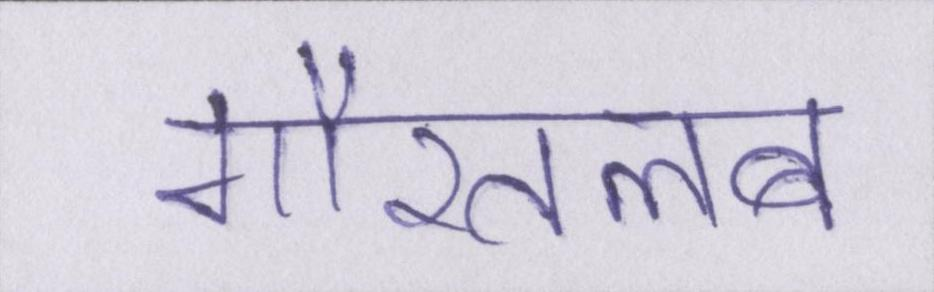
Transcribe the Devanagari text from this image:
गौरतलब